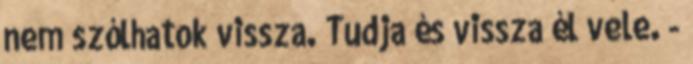
nem szólhatok vissza. Tudja és vissza él vele. -